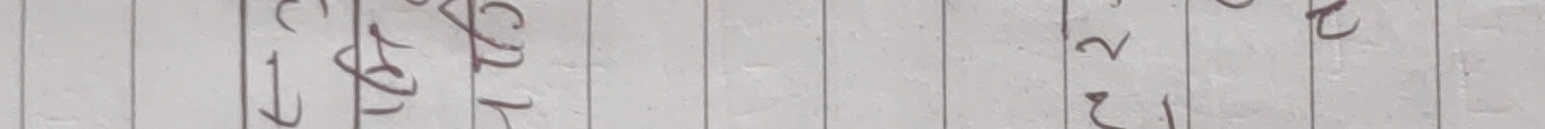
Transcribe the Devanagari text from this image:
१ ७ २ २ २ १